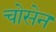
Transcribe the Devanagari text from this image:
चोसेन